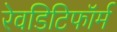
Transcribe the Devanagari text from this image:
रेवडिटिफॉर्म